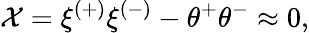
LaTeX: {\cal X}=\xi^{(+)}\xi^{(-)}-\theta^{+}\theta^{-}\approx 0,